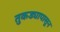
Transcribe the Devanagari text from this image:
तुकड्यापासून